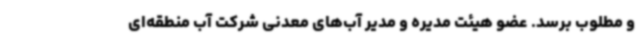
و مطلوب برسد. عضو هیئت مدیره و مدیر آب‌های معدنی شرکت آب منطقه‌ای